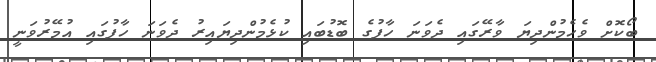
ބޯކޮށް ވެހެމުންދިޔަ ވާރޭގައި ދެވަނަ ހާފުގެެ ބޮޑުބައި ކުޅެމުންދިޔައިރު ދެވަނަ ހާފުގައި އުމޭރުވަނީ